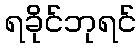
ရခိုင်ဘုရင်